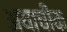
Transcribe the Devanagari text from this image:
अयाचीक